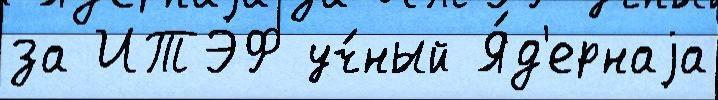
за ИТЭФ уч́ный Я́д'ернаjа